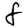
Digit: 8